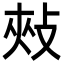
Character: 㪎